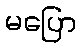
မပြော